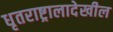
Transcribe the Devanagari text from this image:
धृतराष्ट्रालादेखील